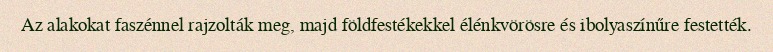
Az alakokat faszénnel rajzolták meg, majd földfestékekkel élénkvörösre és ibolyaszínűre festették.